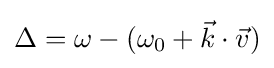
\Delta =\omega -(\omega _{0}+{\vec {k}}\cdot {\vec {v}})